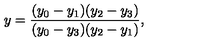
y = \frac { ( y _ { 0 } - y _ { 1 } ) ( y _ { 2 } - y _ { 3 } ) } { ( y _ { 0 } - y _ { 3 } ) ( y _ { 2 } - y _ { 1 } ) } ,